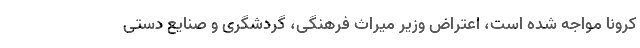
کرونا مواجه شده است، اعتراض وزیر میراث فرهنگی، گردشگری و صنایع دستی